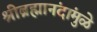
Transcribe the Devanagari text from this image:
श्रीब्रह्मानंदांमुळे